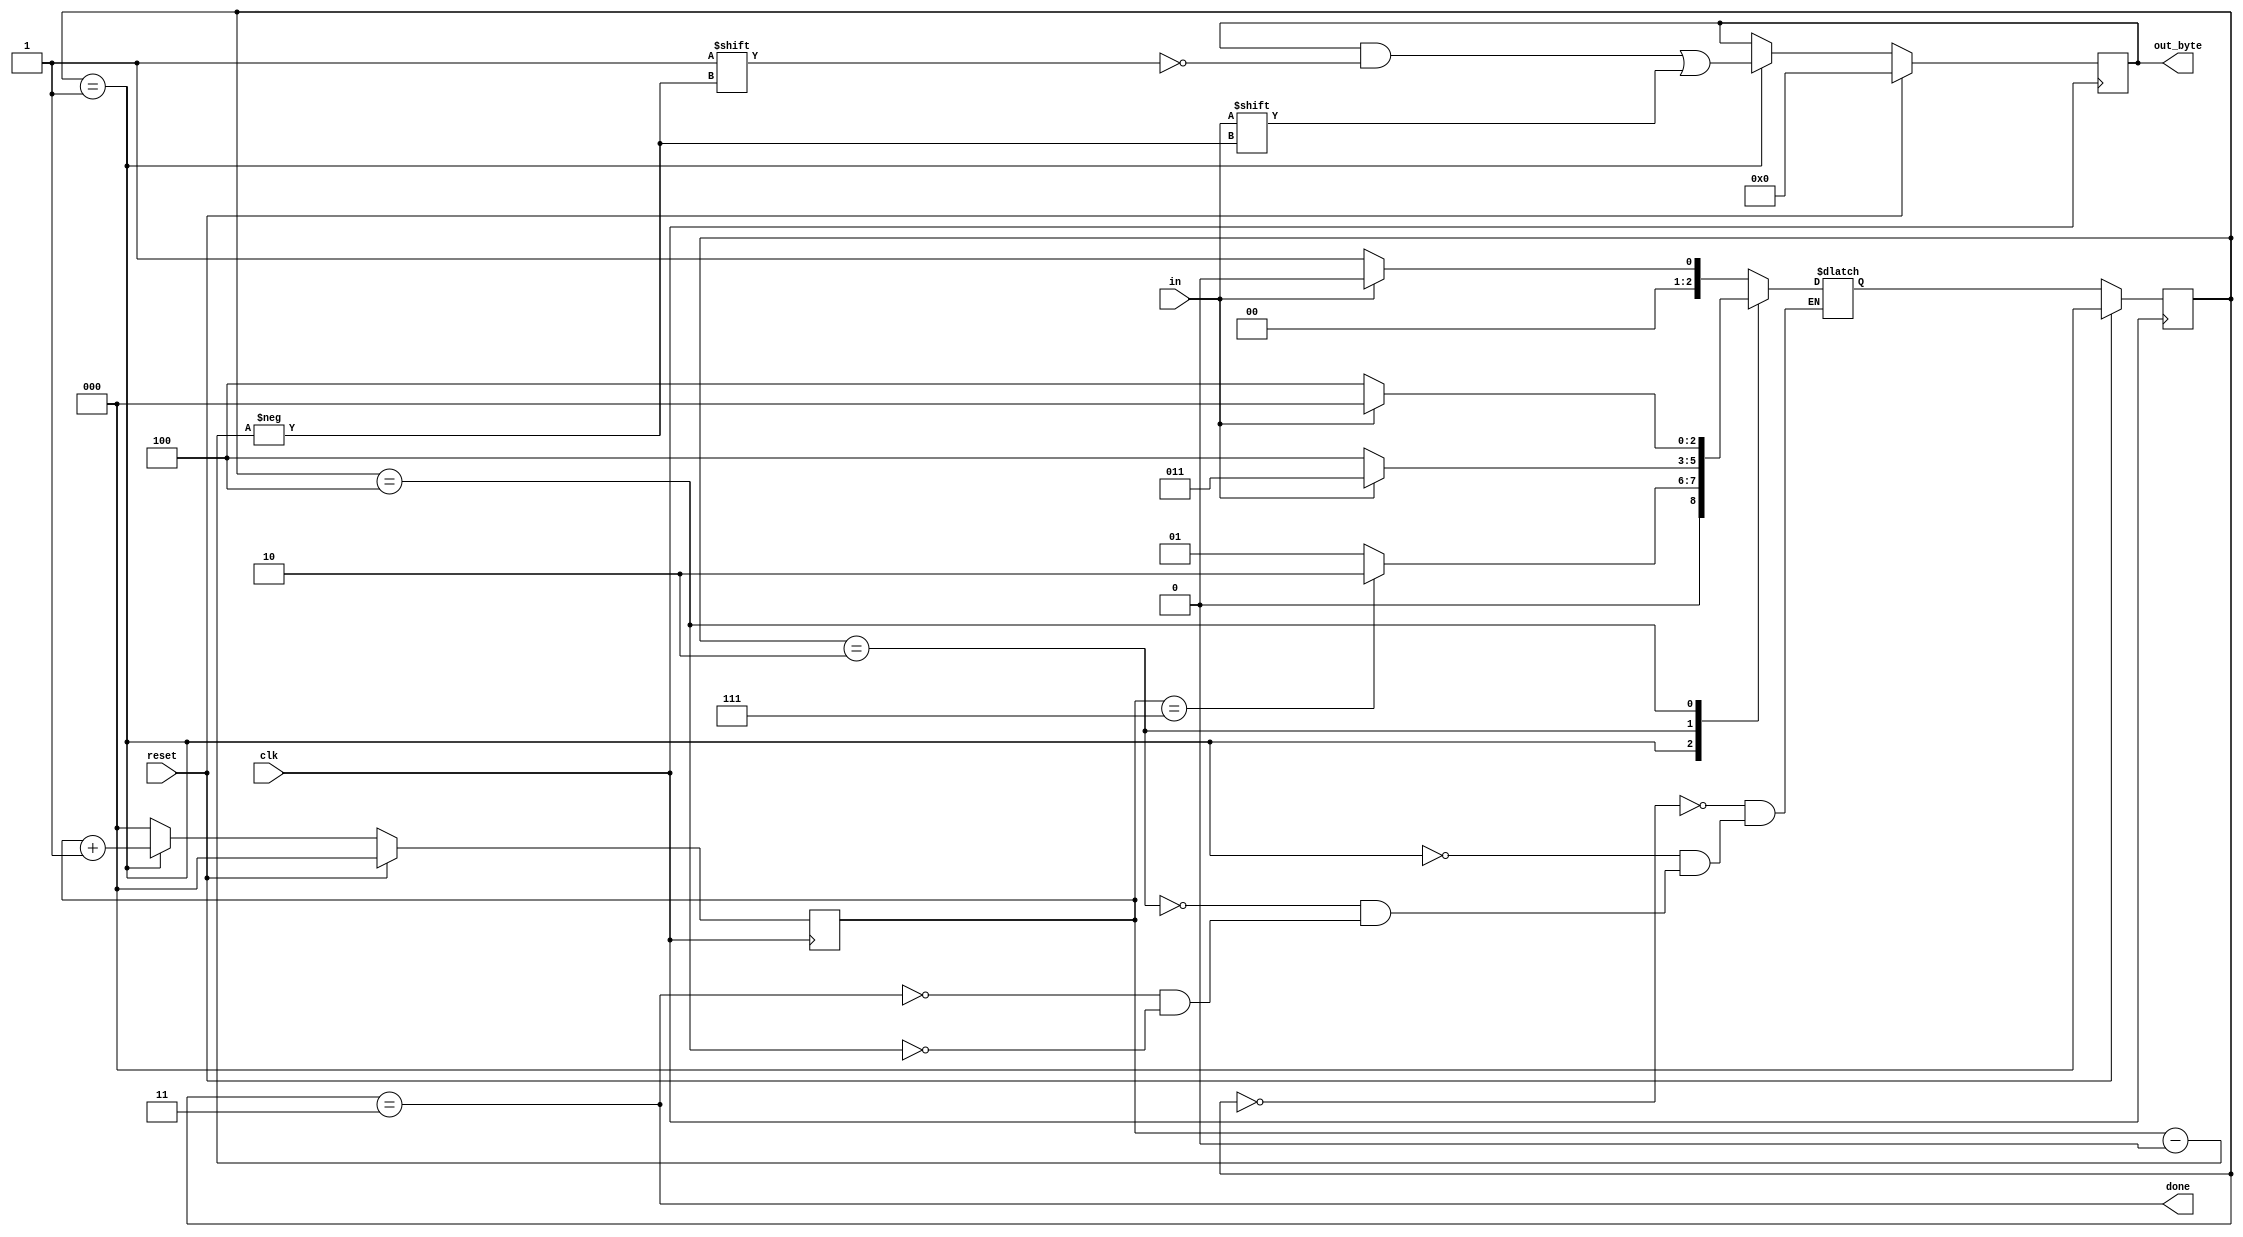
module top_module(
    input clk,
    input in,
    input reset,    // Synchronous reset
    output [7:0] out_byte,
    output done
); //

    // Use FSM from Fsm_serial
    localparam S0 = 3'b000; // IDLE
    localparam S1 = 3'b001;	// TRANSFER
    localparam S2 = 3'b010;	// END
    localparam S3 = 3'b011; // STOP
    localparam S4 = 3'b100;	// ERROR
    
    reg [2:0] state, state_n;
    reg [2:0] cnt;
    reg [7:0] data;
    
    always @ (*) begin
        case (state)
            S0: state_n = (in) ? S0 : S1;
            S1: state_n = (cnt == 3'b111) ? S2 : S1;
            S2: state_n = (in) ? S3 : S4;
            S3: state_n = (in) ? S0 : S1;
            S4: state_n = (in) ? S0 : S4;
        endcase
    end
    
    always @ (posedge clk) begin
        if(reset) begin
            cnt <= 0;
            state <= S0;
            data <= 8'b0;
        end
        else begin
            state <= state_n;
            if(state == S1) begin
                cnt <= cnt + 1'b1;
                data[cnt] <= in;
            end else begin
                cnt <= 3'b000;
            end                
        end
    end
    
    assign done = (state == S3);

    // New: Datapath to latch input bits.
    assign out_byte = data;

endmodule